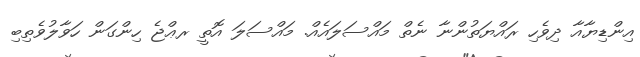
އިންޑިޔާއާ ދިވެހި ރައްޔަތުންނާ ނެތް މައްސަލައެއް. މައްސަލަ އޮތީ ރޢްޖެ ހިންގަން ހަވާލުވެތިބި